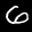
Label: 6